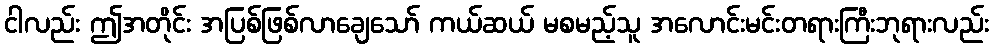
ငါလည်း ဤအတိုင်း အပြစ်ဖြစ်လာချေသော် ကယ်ဆယ် မစမည့်သူ အလောင်းမင်းတရားကြီးဘုရားလည်း